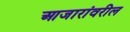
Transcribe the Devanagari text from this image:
आजारांवरील